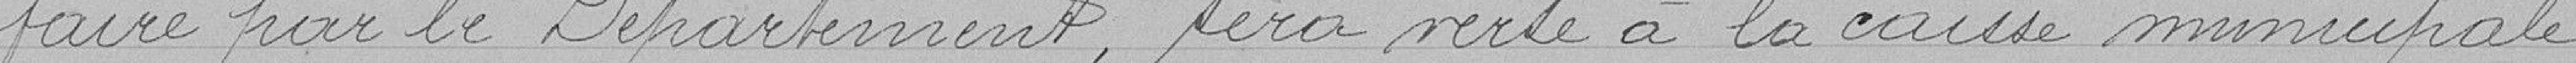
faire par le Département, sera versé à la caisse municipale.